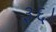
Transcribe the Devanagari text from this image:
३६।